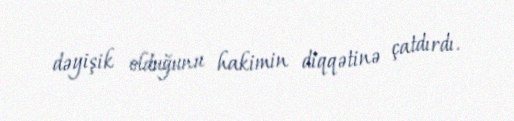
dəyişik olduğunu hakimin diqqətinə çatdırdı.